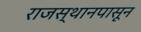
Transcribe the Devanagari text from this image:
राजस्थानपासून